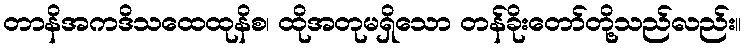
တာနိအကဒိသထေထုနိစ၊ ထိုအတုမရှိသော တန်ခိုးတော်တို့သည်လည်း။